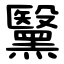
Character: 黳